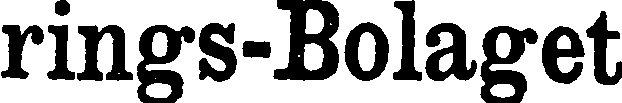
rings-Bolaget